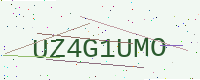
Text: UZ4G1UMO